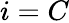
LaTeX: i=C